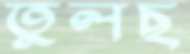
তুলছ